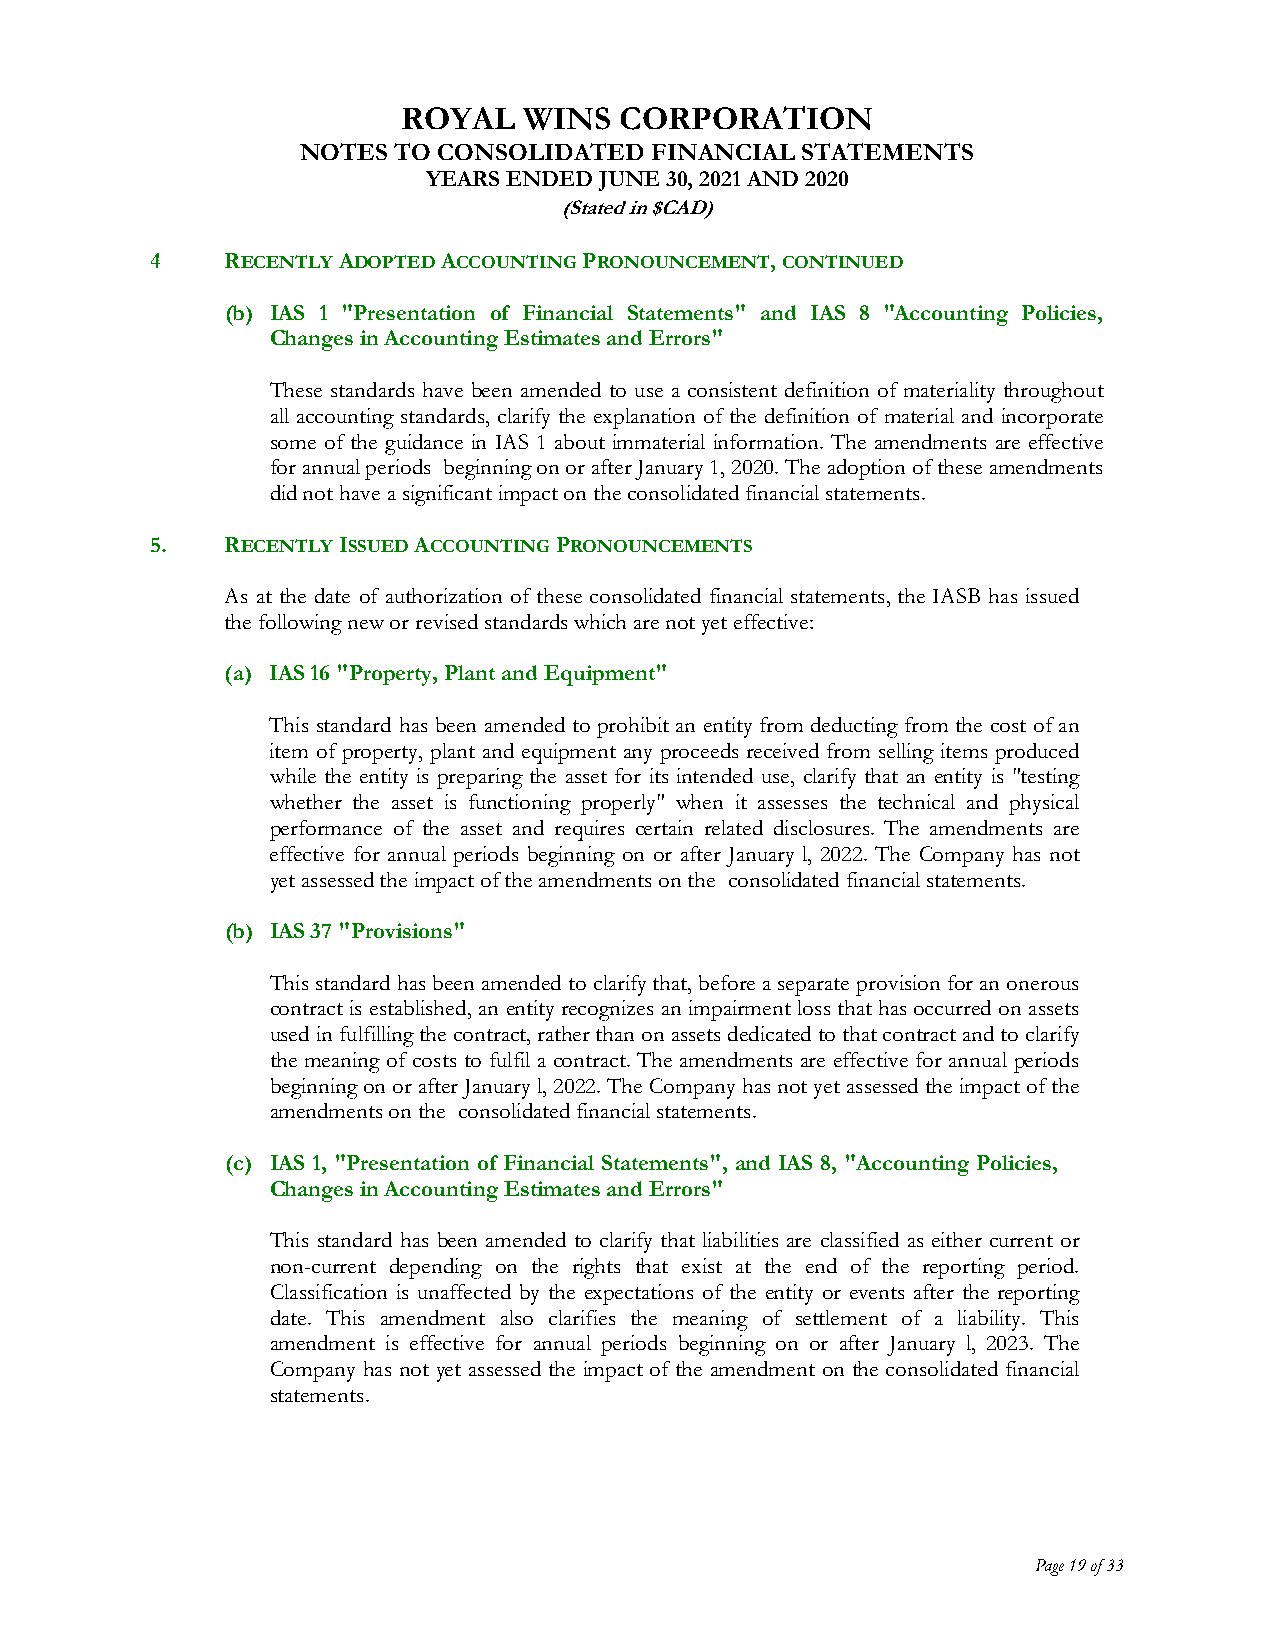
ROYAL   WINS  CORPORATION
 NOTES TO CONSOLIDATED  FINANCIAL STATEMENTS
 YEARS ENDED JUNE 30, 2021 AND 2020
 (Stated in $CAD)
 4    RECENTLY ADOPTED ACCOUNTING PRONOUNCEMENT, CONTINUED
 (b) IAS 1 "Presentation of Financial Statements" and IAS 8 "Accounting Policies,
 Changes in Accounting Estimates and Errors"
 These standards have been amended to use a consistent definition of materiality throughout
 all accounting standards, clarify the explanation of the definition of material and incorporate
 some of the guidance in IAS 1 about immaterial information. The amendments are effective
 for annual periods beginning on or after January 1, 2020. The adoption of these amendments
 did not have a significant impact on the consolidated financial statements.
 5.   RECENTLY ISSUED ACCOUNTING PRONOUNCEMENTS
 As at the date of authorization of these consolidated financial statements, the IASB has issued
 the following new or revised standards which are not yet effective:
 (a) IAS 16 "Property, Plant and Equipment"
 This standard has been amended to prohibit an entity from deducting from the cost of an
 item of property, plant and equipment any proceeds received from selling items produced
 while the entity is preparing the asset for its intended use, clarify that an entity is "testing
 whether the asset is functioning properly" when it assesses the technical and physical
 performance of the asset and requires certain related disclosures. The amendments are
 effective for annual periods beginning on or after January l, 2022. The Company has not
 yet assessed the impact of the amendments on the consolidated financial statements.
 (b) IAS 37 "Provisions"
 This standard has been amended to clarify that, before a separate provision for an onerous
 contract is established, an entity recognizes an impairment loss that has occurred on assets
 used in fulfilling the contract, rather than on assets dedicated to that contract and to clarify
 the meaning of costs to fulfil a contract. The amendments are effective for annual periods
 beginning on or after January l, 2022. The Company has not yet assessed the impact of the
 amendments on the consolidated financial statements.
 (c) IAS 1, "Presentation of Financial Statements", and IAS 8, "Accounting Policies,
 Changes in Accounting Estimates and Errors"
 This standard has been amended to clarify that liabilities are classified as either current or
 non-current depending on the rights that exist at the end of the reporting period.
 Classification is unaffected by the expectations of the entity or events after the reporting
 date. This amendment also clarifies the meaning of settlement of a liability. This
 amendment is effective for annual periods beginning on or after January l, 2023. The
 Company has not yet assessed the impact of the amendment on the consolidated financial
 statements.
 Page 19 of 33